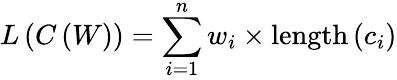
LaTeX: L\left(C\left(W\right)\right)=\sum_{i=1}^{n}{w_{i}\times\mathrm{length}\left(c_{i}\right)}